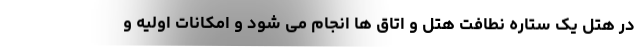
در هتل یک ستاره نطافت هتل و اتاق ها انجام می شود و امکانات اولیه و